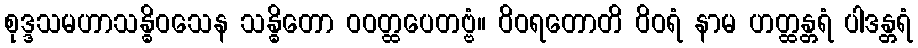
စုဒ္ဒသမဟာသန္ဓိဝသေန သန္ဓိတော ဝဝတ္ထပေတဗ္ဗံ။ ဝိဝရတောတိ ဝိဝရံ နာမ ဟတ္ထန္တရံ ပါဒန္တရံ